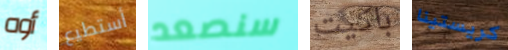
أوه أستطيع سنصعد باكيت كريستينا